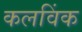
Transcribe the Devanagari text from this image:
कलविंक